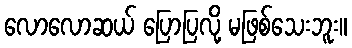
လောလောဆယ် ပြောပြလို့ မဖြစ်သေးဘူး။